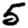
Digit: 5